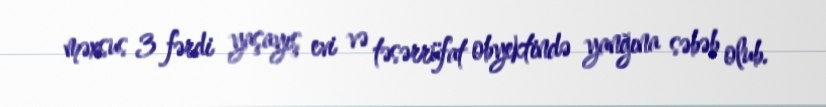
məxsus 3 fərdi yaşayış evi və təsərrüfat obyektində yanğına səbəb olub.